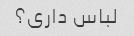
لباس داری؟